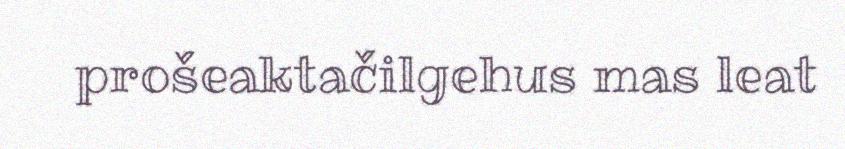
prošeaktačilgehus mas leat